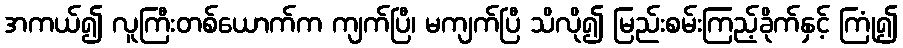
အကယ်၍ လူကြီးတစ်ယောက်က ကျက်ပြီ၊ မကျက်ပြီ သိလို၍ မြည်းစမ်းကြည့်ခိုက်နှင့် ကြုံ၍